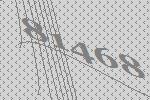
81468